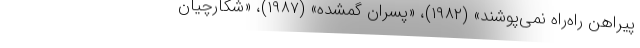
پیراهن راه‌راه نمی‌پوشند» (۱۹۸۲)، «پسران گمشده» (۱۹۸۷)، «شکارچیان